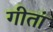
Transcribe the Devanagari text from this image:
गीतां